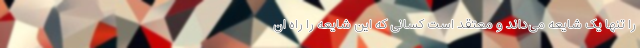
را تنها یک شایعه می‌داند و معتقد است کسانی که این شایعه را راه ان